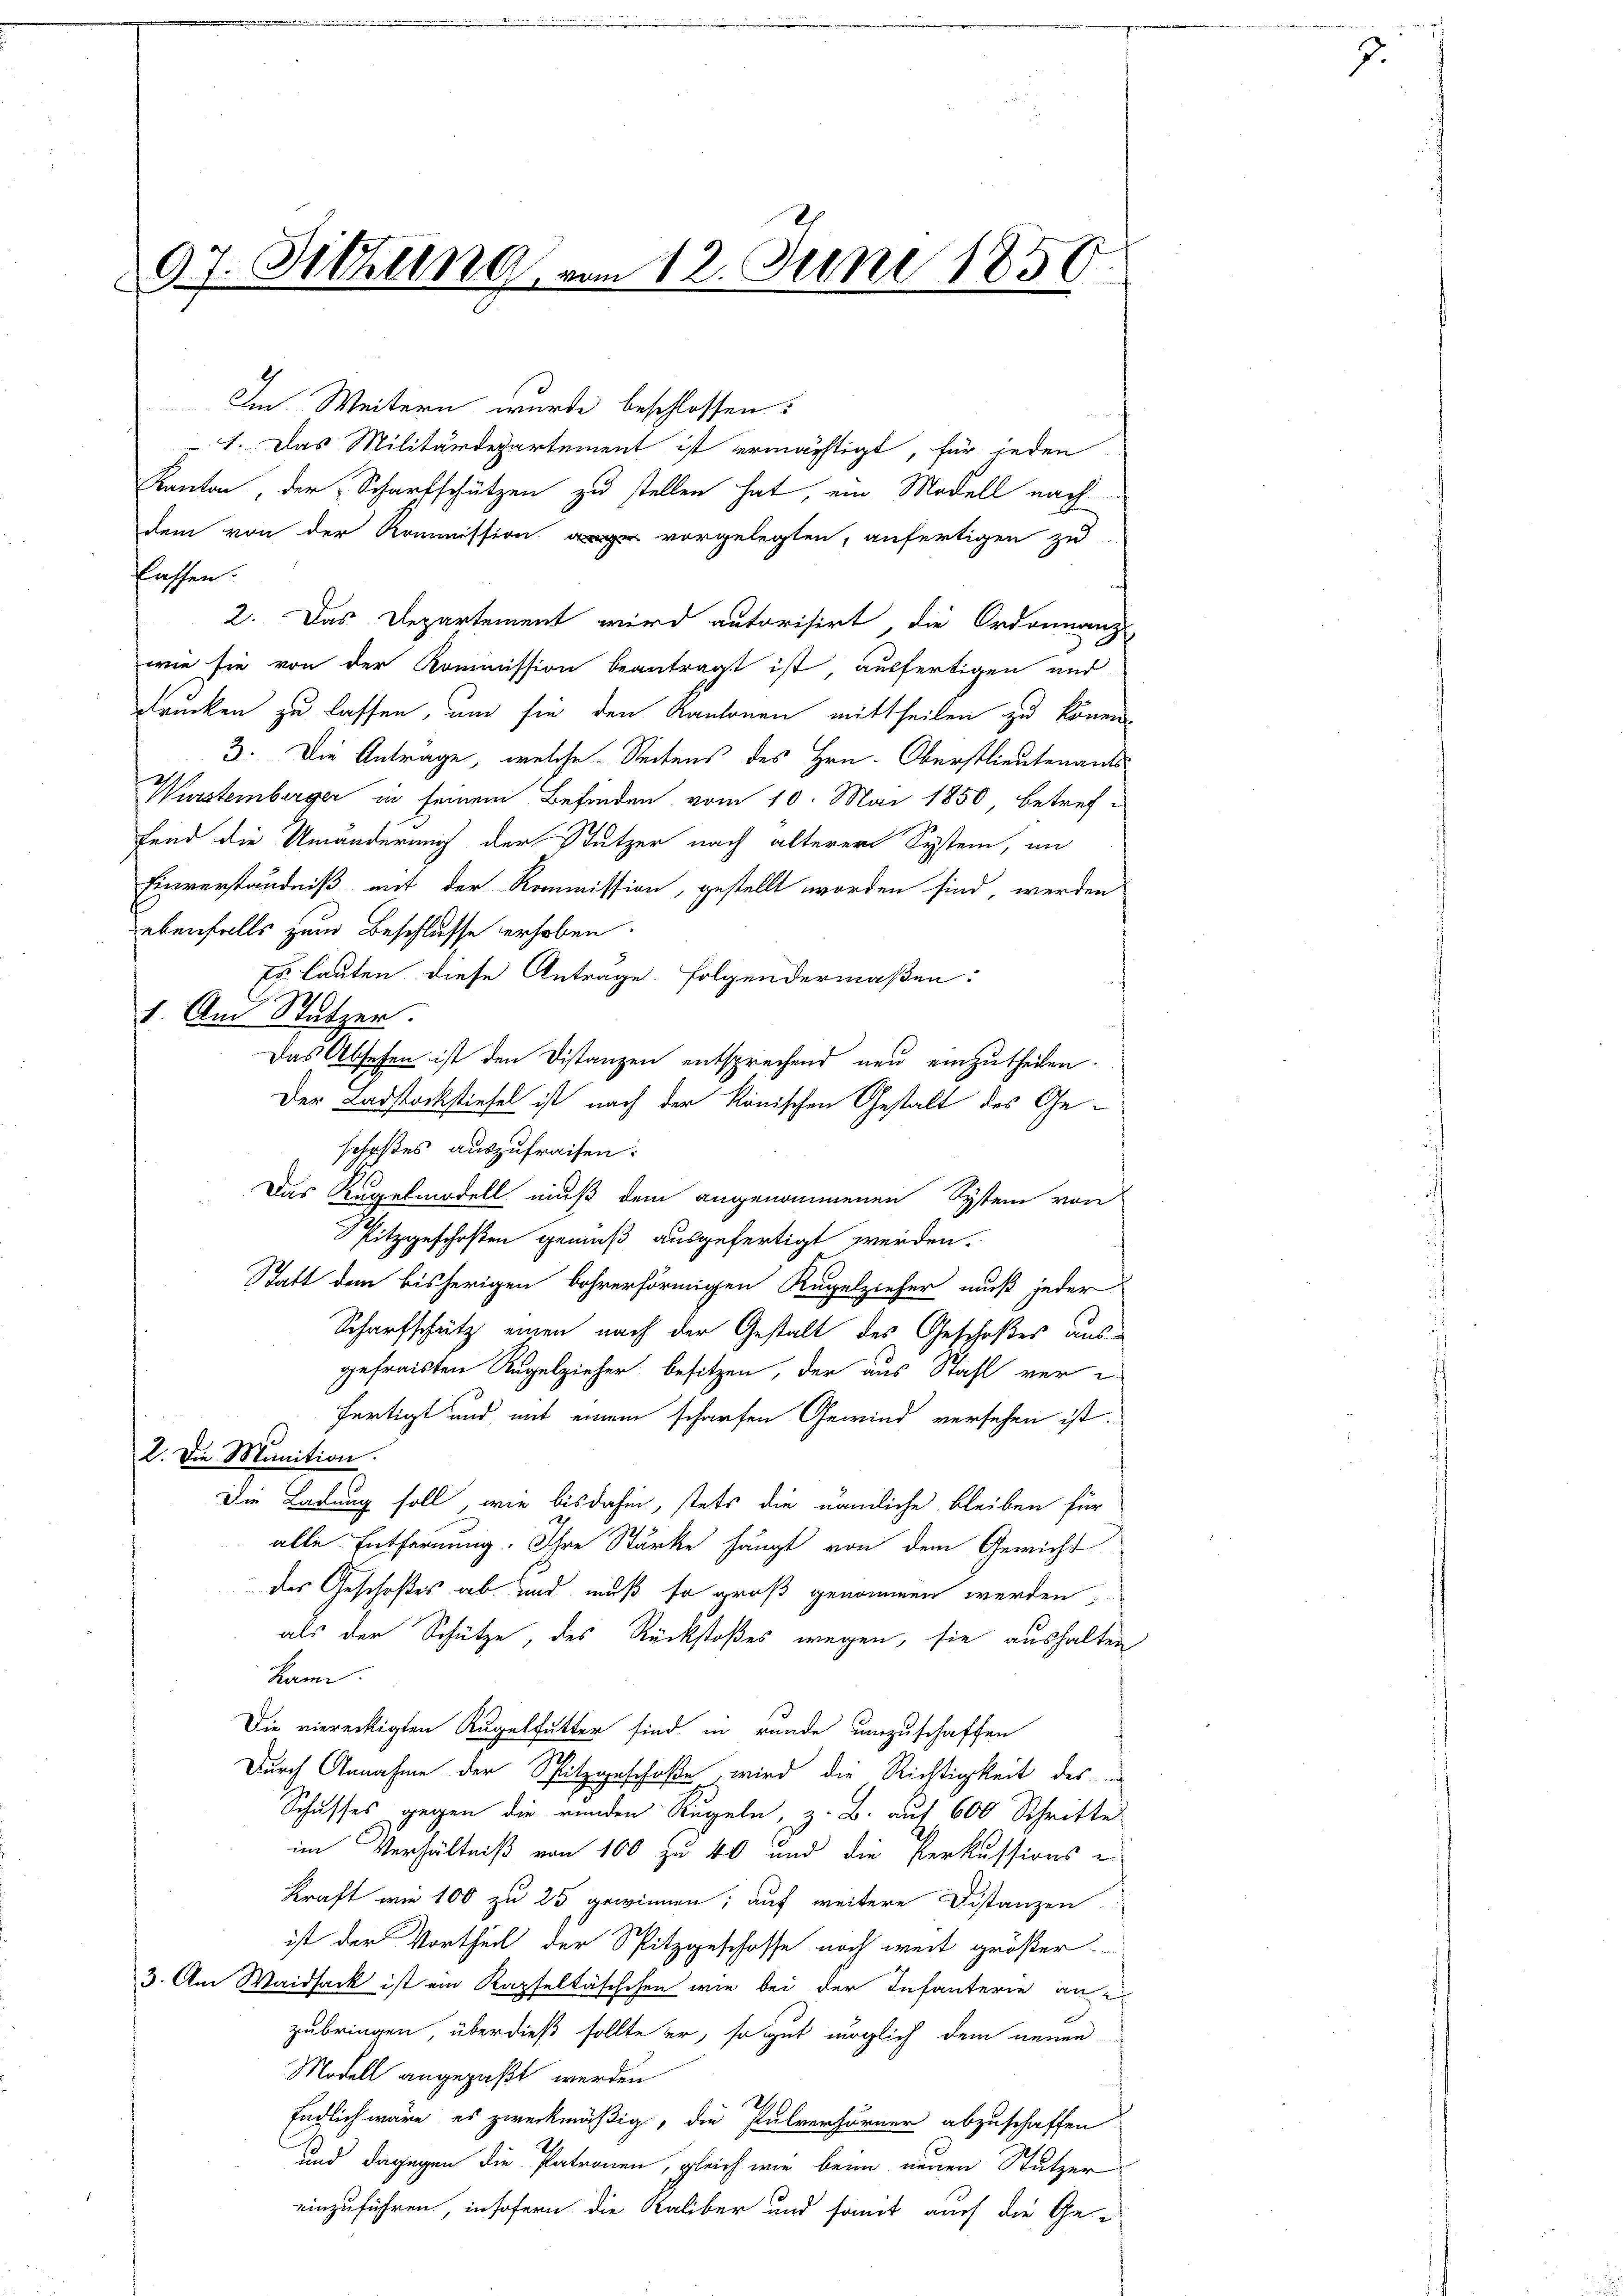
97. Sitzung vom 12. Juni 1858.
6

Im Weitern wurde beschlossen:
7. Das Militärdepartement ist ermächtigt, für jeden
Kanton, der Scharfschützen zu stellen hat, ein Modell nach
dem von der Kommission vorgelegten, anfertigen zu
flassen.
2. Das Departement wird autorisirt, die Ordonnanz-
wie sie von der Kommission beantragt ist ausfertigen und
drucken zu lassen, um sie den Kantonen mittheilen zu könne.
3. Die Antrage, welche Seitens des Hrn. Oberstlieutenants¬
Wurstemberger in seinem Befinden vom 10. Mai 1850 betreffend die Umänderung der Stutzer nach älterer System, in
Einverständniß mit der Kommission, gestellt worden sind, werden
ebenfalls zum Beschlusse erhoben.
Er lauten diese Antrage folgendermaßen:
1. Am Stutzer.
Das Absehen ist den Distanzen entsprechend neu einzutheilen.
Der Ladstockstiefel ist nach der Könischen Gestalt des Geschoßes auszufraisen:
Das Regelmodell muß dem angenommenen System von
Spitzgeschoßen gemäß ausgefertigt werden.
Statt dem bisherigen bohrerförmigen Kugelzieher muß jeder
Scharfschütz einen nach der Gestalt des Geschoßes ausgefraisten Regelzieher besitzen, der aus Stahl ver-
fertigt und mit einem scharfen Gewind versehen ist.
2. Die Munition.
Die Ladung soll, wie bisdahin, stets die nämliche bleiben für
alle Entfernung. Ihre Stärke hängt von dem Gewicht
des Geschoßes ab und muß so groß genommen werden,
als der Schütze, des Rückstoßes wegen, sie aushalten
kann.
Die viereckigten Kugelfutter sind in runde umzuschaffen
Durch Annahme der Spitzgeschoße, wird die Richtigkeit des
Schusses gegen die renden Regeln, z. B. auf 600 Schritte
im Verhältniß von 100 zu 40 und die Perkussions e
Kraft wie 100 zu 25 gewinnen; auf weitere Distanzen
ist der Vortheil der Spitzgeschosse noch weit größer
3. Am Waidsack ist ein Kapfeltäschchen wie bei der Infanterie ane
zubringen, überdieß sollte er, so gut möglich dem neuen
Modell angepaßt werden
i
Endlich wäre es zweckmäßig, die Pulverhörner abzuschaffen
und dagegen die Patronen, gleich wie beim neuen Stutzer
einzuführen, insofern die Kaliber und somit auch die Ge-

7